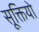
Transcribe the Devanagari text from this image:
सूक्तियो